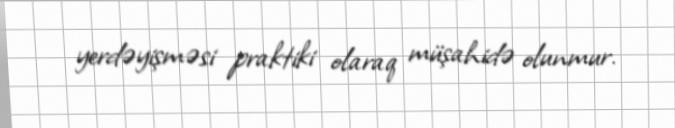
yerdəyişməsi praktiki olaraq müşahidə olunmur.